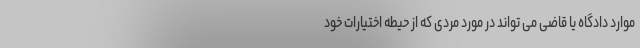
موارد دادگاه یا قاضی می تواند در مورد مردی که از حیطه اختیارات خود